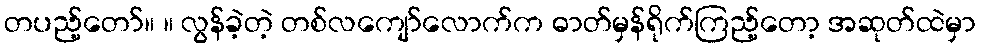
တပည့်တော်။ ။ လွန်ခဲ့တဲ့ တစ်လကျော်လောက်က ဓာတ်မှန်ရိုက်ကြည့်တော့ အဆုတ်ထဲမှာ